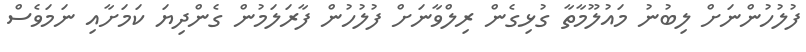
ފުލުހުންނަށް ލިބުނު މައުލޫމާތާ ގުޅިގެން ރިލްވާނަށް ފުލުހުން ފާރަލަމުން ގެންދިޔަ ކަމަށާއި ނަމަވެސް